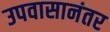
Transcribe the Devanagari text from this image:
उपवासानंतर